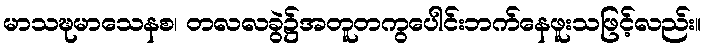
မာသဍ္ဎမာသေနစ၊ တလလခွဲ၌အတူတကွပေါင်းဘက်နေဖူးသဖြင့်လည်း။